Calcutta medical institutions reports 1871-78
Year: 1871
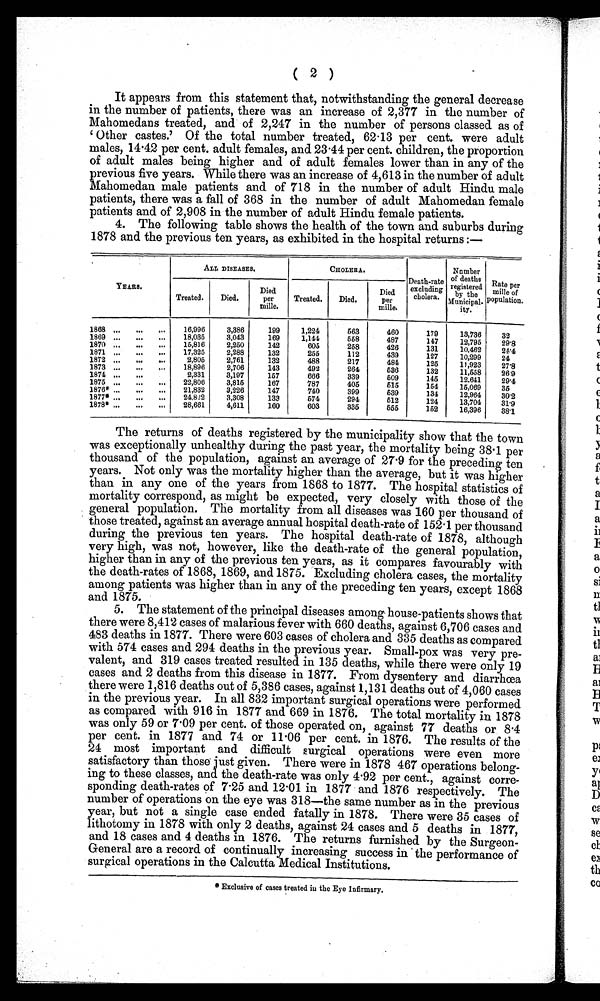
( 2 )
It appears from this statement that, notwithstanding the general decrease
in the number of patients, there was an increase of 2,377 in the number
Mahomedans treated, and of 2,247 in the number of persons classed as
'Other castes.' Of the total number treated, 62.13 per cent. were adul
males, 14.42 per cent. adult females, and 23.44 per cent. children, the proportioi
of adult males being higher and of adult females lower than in any of the
previous five years. While there was an increase of 4,613 in the number of adul
Mahomedan male patients and of 718 in the number of adult Hindu male
patients, there was a fall of 368 in the number of adult Mahomedan female
patients and of 2,908 in the number of adult Hindu female patients.
4. The following table shows the health of the town and suburbs during
1878 and the previous ten years, as exhibited in the hospital returns :—
YEARS.
ALL DISEASES.
CHOLERA.
Death-rate
excluding
cholera.
Nu mb e r o f d e a t h s r e g i s t e r e d b y t h e Mu n i c i p a l - i t y . Rate per mille of
population.
Treated.
Died,
Died
per
mille.
Treated.
Died,
Died
per
mille.
1868
16,996
3,386
199
1,224
563
460
179
13,736
32
1869
18,035
3,043
169
1,144
558
487
147
12,795
29.8
1870
15,816
2,250
142
605
258
426
131
10,462
24.4
1871
17,325
2,288
132
255
112
439
127
10,299
24
1872
2,805
2,761
132
488
217
484
125
11,923
27.8
1873
18,896
2,706
143
492
264
536
132
11,558
26. 9
1874
2,331
3,197
157
666
339
509
145
12,641
29.4
1875
22,806
3,815
167
787
405
515
154
15,069
35
1876*
21,832
3,226
147
740
399
539
134
12,964
30.2
1877* -
24,822
3,308
133
574
294
512
124
13,704
31.9
1878*
28,661
4,611
160
603
335
555
152
16,396
38.1
The returns of deaths registered by the municipality show that the town
was exceptionally unhealthy during the past year, the mortality being 38.1 per
thousand of the population, against an average of 27.9 for the preceding ten
years. Not only was the mortality higher than the average, but it was higher
than in any one of the years from 1868 to 1877. The hospital statistics of
mortality correspond, as might be expected, very closely with those of the
general population. The mortality from all diseases was 160 per thousand of
those treated, against an average annual hospital death-rate of 152.1 per thousand
during the previous ten years. The hospital death-rate of 1878, although
very high, was not, however, like the death-rate of the general population,
higher than in any of the previous ten years, as it compares favourably with
the death-rates of 1868, 1869, and 1875. Excluding cholera cases, the mortality
among patients was higher than in any of the preceding ten years, except 1868
and 1875.
5. The statement of the principal diseases among house-patients shows that
there were 8,412 cases of malarious fever with 660 deaths, against 6,706 cases and
483 deaths in 1877. There were 603 cases of cholera and 335 deaths as compared
with 574 cases and 294 deaths in the previous year. Small-pox was very pre-
-valent, and 319 cases treated resulted in 135 deaths, while there were only 19
cases and 2 deaths from this disease in 1877. From dysentery and diarrhoea
there were 1,816 deaths out of 5,386 cases, against 1,131 deaths out of 4,060 cases
in the previous year. In all 832 important surgical operations were performed
as compared with 916 in 1877 and 669 in 1876. The total mortality in 1878
was only 59 or 7.09 per cent. of those operated on, against 77 deaths or 8.4
per cent. in 1877 and 74 or 11.06 per cent. in 1876. The results of the
24 most important and difficult surgical operations were even more
satisfactory than those just given. There were in 1878 467 operations belong--
ing to these classes, and the death-rate was only 4.92 per cent., against corre-
-sponding death-rates of 7.25 and 12.01 in 1877 and 1876 respectively. The
number of operations on the eye was 318-the same number as in the previous
year, but not a single case ended fatally in 1878. There were 35 cases of
lithotomy in 1878 with only 2 deaths, against 24 cases and 5 deaths in 1877,
and 18 cases and 4 deaths in 1876. The returns furnished by the Surgeon-
General are a record of continually increasing success in the performance of
surgical operations in the Calcutta Medical Institutions.
*Exclusive of cases treated in the Eye Infirmary.
e
3
a
I
C
e